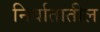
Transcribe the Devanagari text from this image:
निर्वातातील